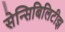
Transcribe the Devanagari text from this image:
सेन्सिबिलिटीझ